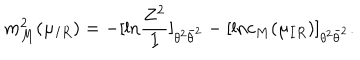
m _ { M } ^ { 2 } ( \mu _ { I R } ) = - [ \mathrm { l n } \frac { Z ^ { 2 } } { I } ] _ { \theta ^ { 2 } \bar { \theta } ^ { 2 } } - [ \mathrm { l n } c _ { M } ( \mu _ { I R } ) ] _ { \theta ^ { 2 } \bar { \theta } ^ { 2 } } .